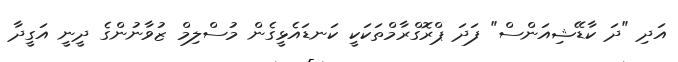
އަދި "ދަ ކާޑޭޝިއަންސް" ފަދަ ޕްރޮގްރާމްތަކަކީ ކަނޑައެޅީގެން މުސްލިމް ޒުވާނުންގެ ދީނީ އަގީދާ